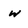
Character: w